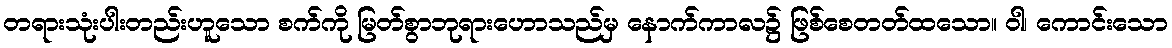
တရားသုံးပါးတည်းဟူသော စက်ကို မြတ်စွာဘုရားဟောသည်မှ နောက်ကာလ၌ ဖြစ်စေတတ်ထသော။ ဝါ၊ ကောင်းသော